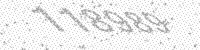
Solution: 118989